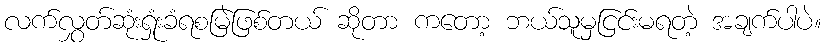
လက်လွှတ်ဆုံးရှုံးခံရစမြဲဖြစ်တယ် ဆိုတာ ကတော့ ဘယ်သူမှငြင်းမရတဲ့ အချက်ပါပဲ။